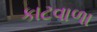
કાટવાળા